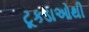
ટૂકડાઓથી